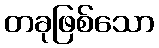
တခုဖြစ်သော